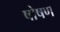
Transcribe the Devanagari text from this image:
षोषण